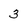
Character: 3